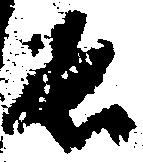
ゑ